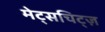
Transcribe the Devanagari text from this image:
मेट्सचिट्ज़